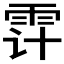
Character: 𲉲